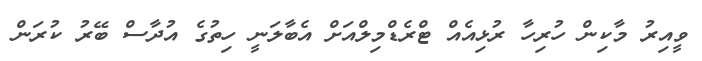
ވީއިރު މާކިން ހުރިހާ ރުޅިއެއް ޓްރެޑްމިލްއަށް އެބާލަނީ ހިތުގެ އުދާސް ބޭރު ކުރަން